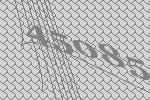
45085